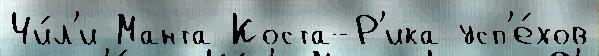
Чи́л'и Манта Коста-Р'ика усп'е́хов